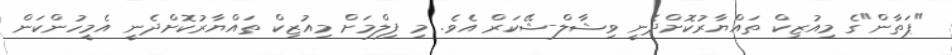
"ޕަތާން"ގެ މިއުޒިކް ތައްޔާރުކޮށްދެނީ ވިޝާލް-ޝޭކަރް އެވެ. މި ފިލްމަށް މިއުޒިކް ތައްޔާރުކޮށްދެނީ އެމީހުންކަން